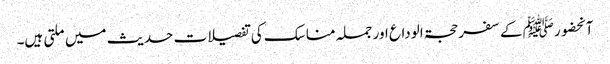
آنحضورﷺ کے سفر حجۃ الوداع اور جملہ مناسک کی تفصیلات حدیث میں ملتی ہیں۔